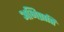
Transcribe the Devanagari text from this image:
अभिप्राप्ति